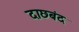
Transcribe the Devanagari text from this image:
दाछबंद